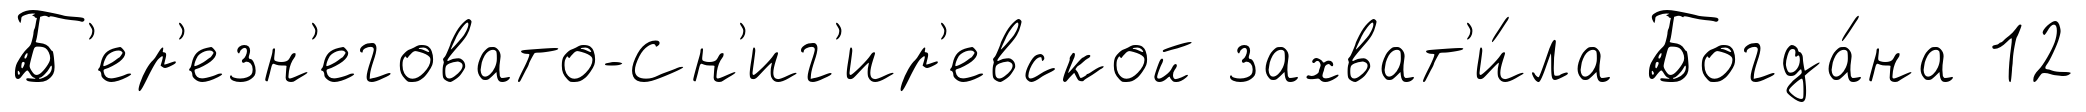
Б'ер'езн'еговато-Сн'иг'ир'евской захват'и́ла Богда́на 12